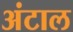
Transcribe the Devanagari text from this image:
अंटाल